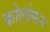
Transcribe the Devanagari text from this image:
कोलोफन